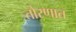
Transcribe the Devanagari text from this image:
तोरणात